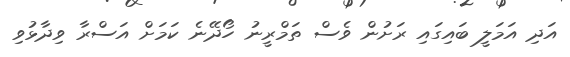
އަދި އަމަލީ ބައިގައި ރަށުން ވެސް ތަމްރީނު ހޯދޭނެ ކަމަށް އަސްރާ ވިދާޅުވި